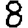
Digit: 8